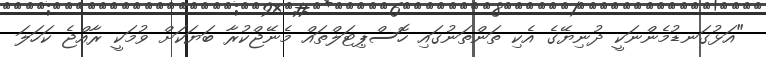
"އަޅުގަނޑުމެންނަކީ ދުނިޔޭގެ އެކި ތަންތަނުގައި ހޮސްޕިޓަލްތައް މެނޭޖްކުރާ ބަަޔަކަށް ވުމަކީ ރާއްޖެ ކަހަލަ